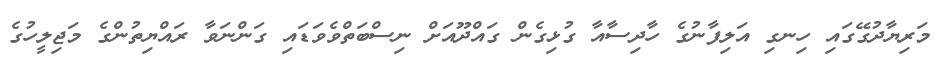
މަރިޔާދުގޭގައި ހިނގި އަލިފާނުގެ ހާދިސާއާ ގުޅިގެން ގައްދޫއަށް ނިސްބަތްވެވަޑައި ގަންނަވާ ރައްޔިތުންގެ މަޖިލީހުގެ